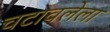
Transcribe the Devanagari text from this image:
चटावलेला